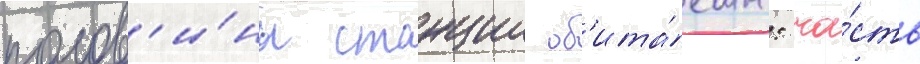
полов'и́ны станции об'ита́емы: ча́сть